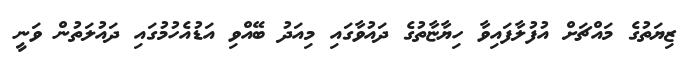
ޒިޔަތުގެ މައްޗަށް އުފުލާފައިވާ ހިޔާޏާތުގެ ދައުވާގައި މިއަދު ބޭއްވި އަޑުއެހުމުގައި ދައުލަތުން ވަނީ